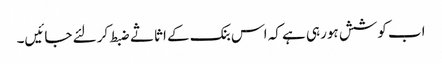
اب کوشش ہورہی ہے کہ اس بنک کے اثاثے ضبط کرلئے جائیں۔